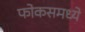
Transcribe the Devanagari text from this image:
फोकसमध्ये